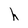
Character: h